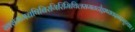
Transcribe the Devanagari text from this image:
खसमगधषिबिरगिरिमिथिलसमतटोड्राष्ववदनदन्तुरकाः।